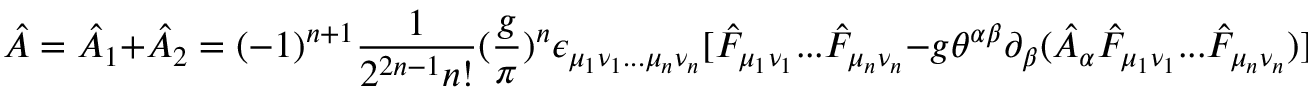
\hat { \cal A } = \hat { \cal A } _ { 1 } + \hat { \cal A } _ { 2 } = ( - 1 ) ^ { n + 1 } { \frac { 1 } { 2 ^ { 2 n - 1 } n ! } } ( { \frac { g } { \pi } } ) ^ { n } \epsilon _ { \mu _ { 1 } \nu _ { 1 } . . . \mu _ { n } \nu _ { n } } [ \hat { F } _ { \mu _ { 1 } \nu _ { 1 } } . . . \hat { F } _ { \mu _ { n } \nu _ { n } } - g \theta ^ { \alpha \beta } \partial _ { \beta } ( \hat { A } _ { \alpha } \hat { F } _ { \mu _ { 1 } \nu _ { 1 } } . . . \hat { F } _ { \mu _ { n } \nu _ { n } } ) ] .